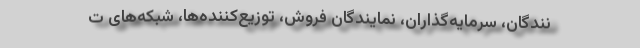
نندگان، سرمايه‌گذاران، نمایندگان فروش، توزيع‌كننده‌ها، شبكه‌های ت